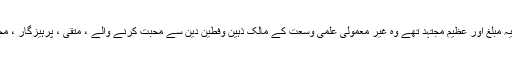
1246ھ) ایک جید عالم ، دینی مفکر، قاطع بدعت ، بلند پایہ مبلغ اور عظیم مجتہد تھے وہ غیر معمولی علمی وسعت کے مالک ذہین وفطین دین سے محبت کرنے والے ، متقی ، پرہیزگار ، مجاہد، مصنف، شجاع اور بے پناہ بصیرت کے مالک تھے۔